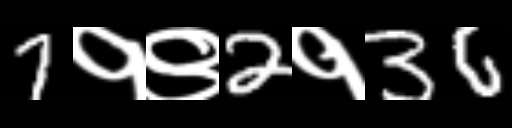
Text: 7१९2१36